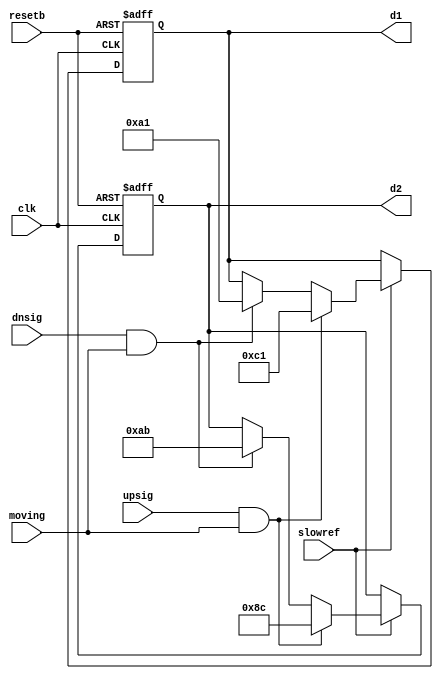
/* 
        Module which receives up-signal and down-signal from
        the lift state machine and then displays UP or dn on
        two seven segment displays.                          
*/ 

module ud_disp(
     input            clk, resetb, slowref,
	 input            upsig,dnsig,           // Up and Down signal sent by lift indicating direction of motion
	 input            moving,                // Signal sent from lift when moving 
	 output reg [7:0] d1, d2                 // Display output to seven-seg 
);

reg [7:0] nxtd1,nxtd2;                       // Wire-reg for display

parameter   uDISP = 8'b1100_0001,            // U-display
            pDISP = 8'b1000_1100,            // P-display
		    dDISP = 8'b1010_0001,            // D-display
		    nDISP = 8'b1010_1011,            // N-display
		    dINIT = 8'b1111_1111;            // Initial state

always @(posedge clk or negedge resetb)
    if (!resetb) begin
	    d1 <= dINIT; d2 <= dINIT; 
	end
	else begin
	    d1 <= nxtd1; d2 <= nxtd2;
	end 
	
always @(*)
	if (slowref) begin
		if (upsig && moving)      begin nxtd1 = uDISP; nxtd2 = pDISP; end
		else if (dnsig && moving) begin nxtd1 = dDISP; nxtd2 = nDISP; end
		else                      begin nxtd1 = d1;    nxtd2 = d2;    end
	end
	else begin
	    nxtd1 = d1; nxtd2 = d2;
	end
endmodule